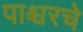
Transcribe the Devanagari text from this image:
पाश्चरचे